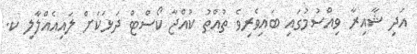
އަދި ޝާއިރާ ވިއްސުމުގައި ބައިވެރިވެ ތުއްތު ކުއްޖާ ކޯސްޓް ދަޅަކަށް ލައިއެއްލާލި ކ.